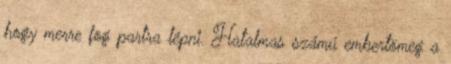
hogy merre fog partra lépni. Hatalmas számú embertömeg a